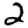
Digit: 2